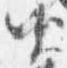
資